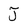
Character: J